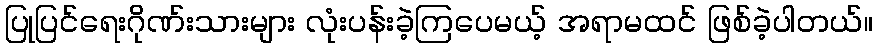
ပြုပြင်ရေးဂိုဏ်းသားများ လုံးပန်းခဲ့ကြပေမယ့် အရာမထင် ဖြစ်ခဲ့ပါတယ်။